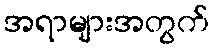
အရာများအတွက်